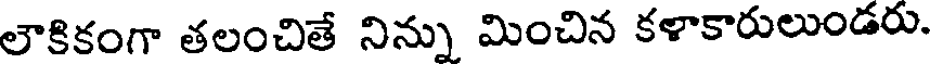
లౌకికంగా తలంచితే నిన్ను మించిన కళాకారులుండరు.